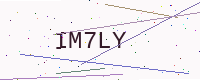
Text: IM7LY